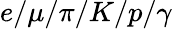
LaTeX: e/\mu/\pi/K/p/\gamma